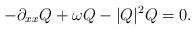
LaTeX: \begin{align*} -\partial_{xx} Q + \omega Q - |Q|^2 Q = 0.\end{align*}